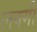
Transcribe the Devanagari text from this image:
लक्मी